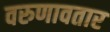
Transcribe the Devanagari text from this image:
वरुणावतार